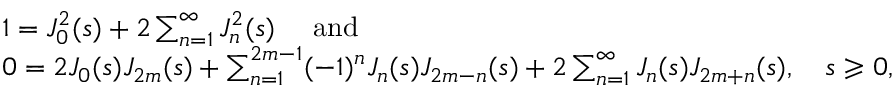
\begin{array} { r l } & { \quad 1 = J _ { 0 } ^ { 2 } ( s ) + 2 \sum _ { n = 1 } ^ { \infty } J _ { n } ^ { 2 } ( s ) \quad \mathrm { ~ a n d ~ } } \\ & { \quad 0 = 2 J _ { 0 } ( s ) J _ { 2 m } ( s ) + \sum _ { n = 1 } ^ { 2 m - 1 } ( - 1 ) ^ { n } J _ { n } ( s ) J _ { 2 m - n } ( s ) + 2 \sum _ { n = 1 } ^ { \infty } J _ { n } ( s ) J _ { 2 m + n } ( s ) , \quad s \geqslant 0 , } \end{array}